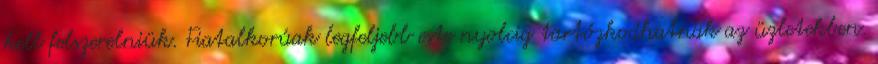
kell felszerelniük. Fiatalkorúak legfeljebb este nyolcig tartózkodhatnak az üzletekben.